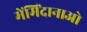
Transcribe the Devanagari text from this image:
मेंमिंदानाओ